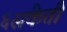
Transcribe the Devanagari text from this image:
६संकेती